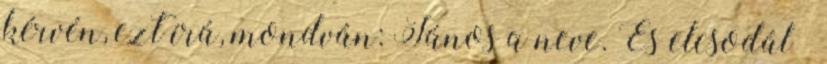
kérvén, ezt írá, mondván: János a neve. És elcsodál−